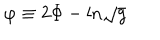
LaTeX: \varphi \equiv 2 \Phi - \mathrm { l n } \sqrt { g }